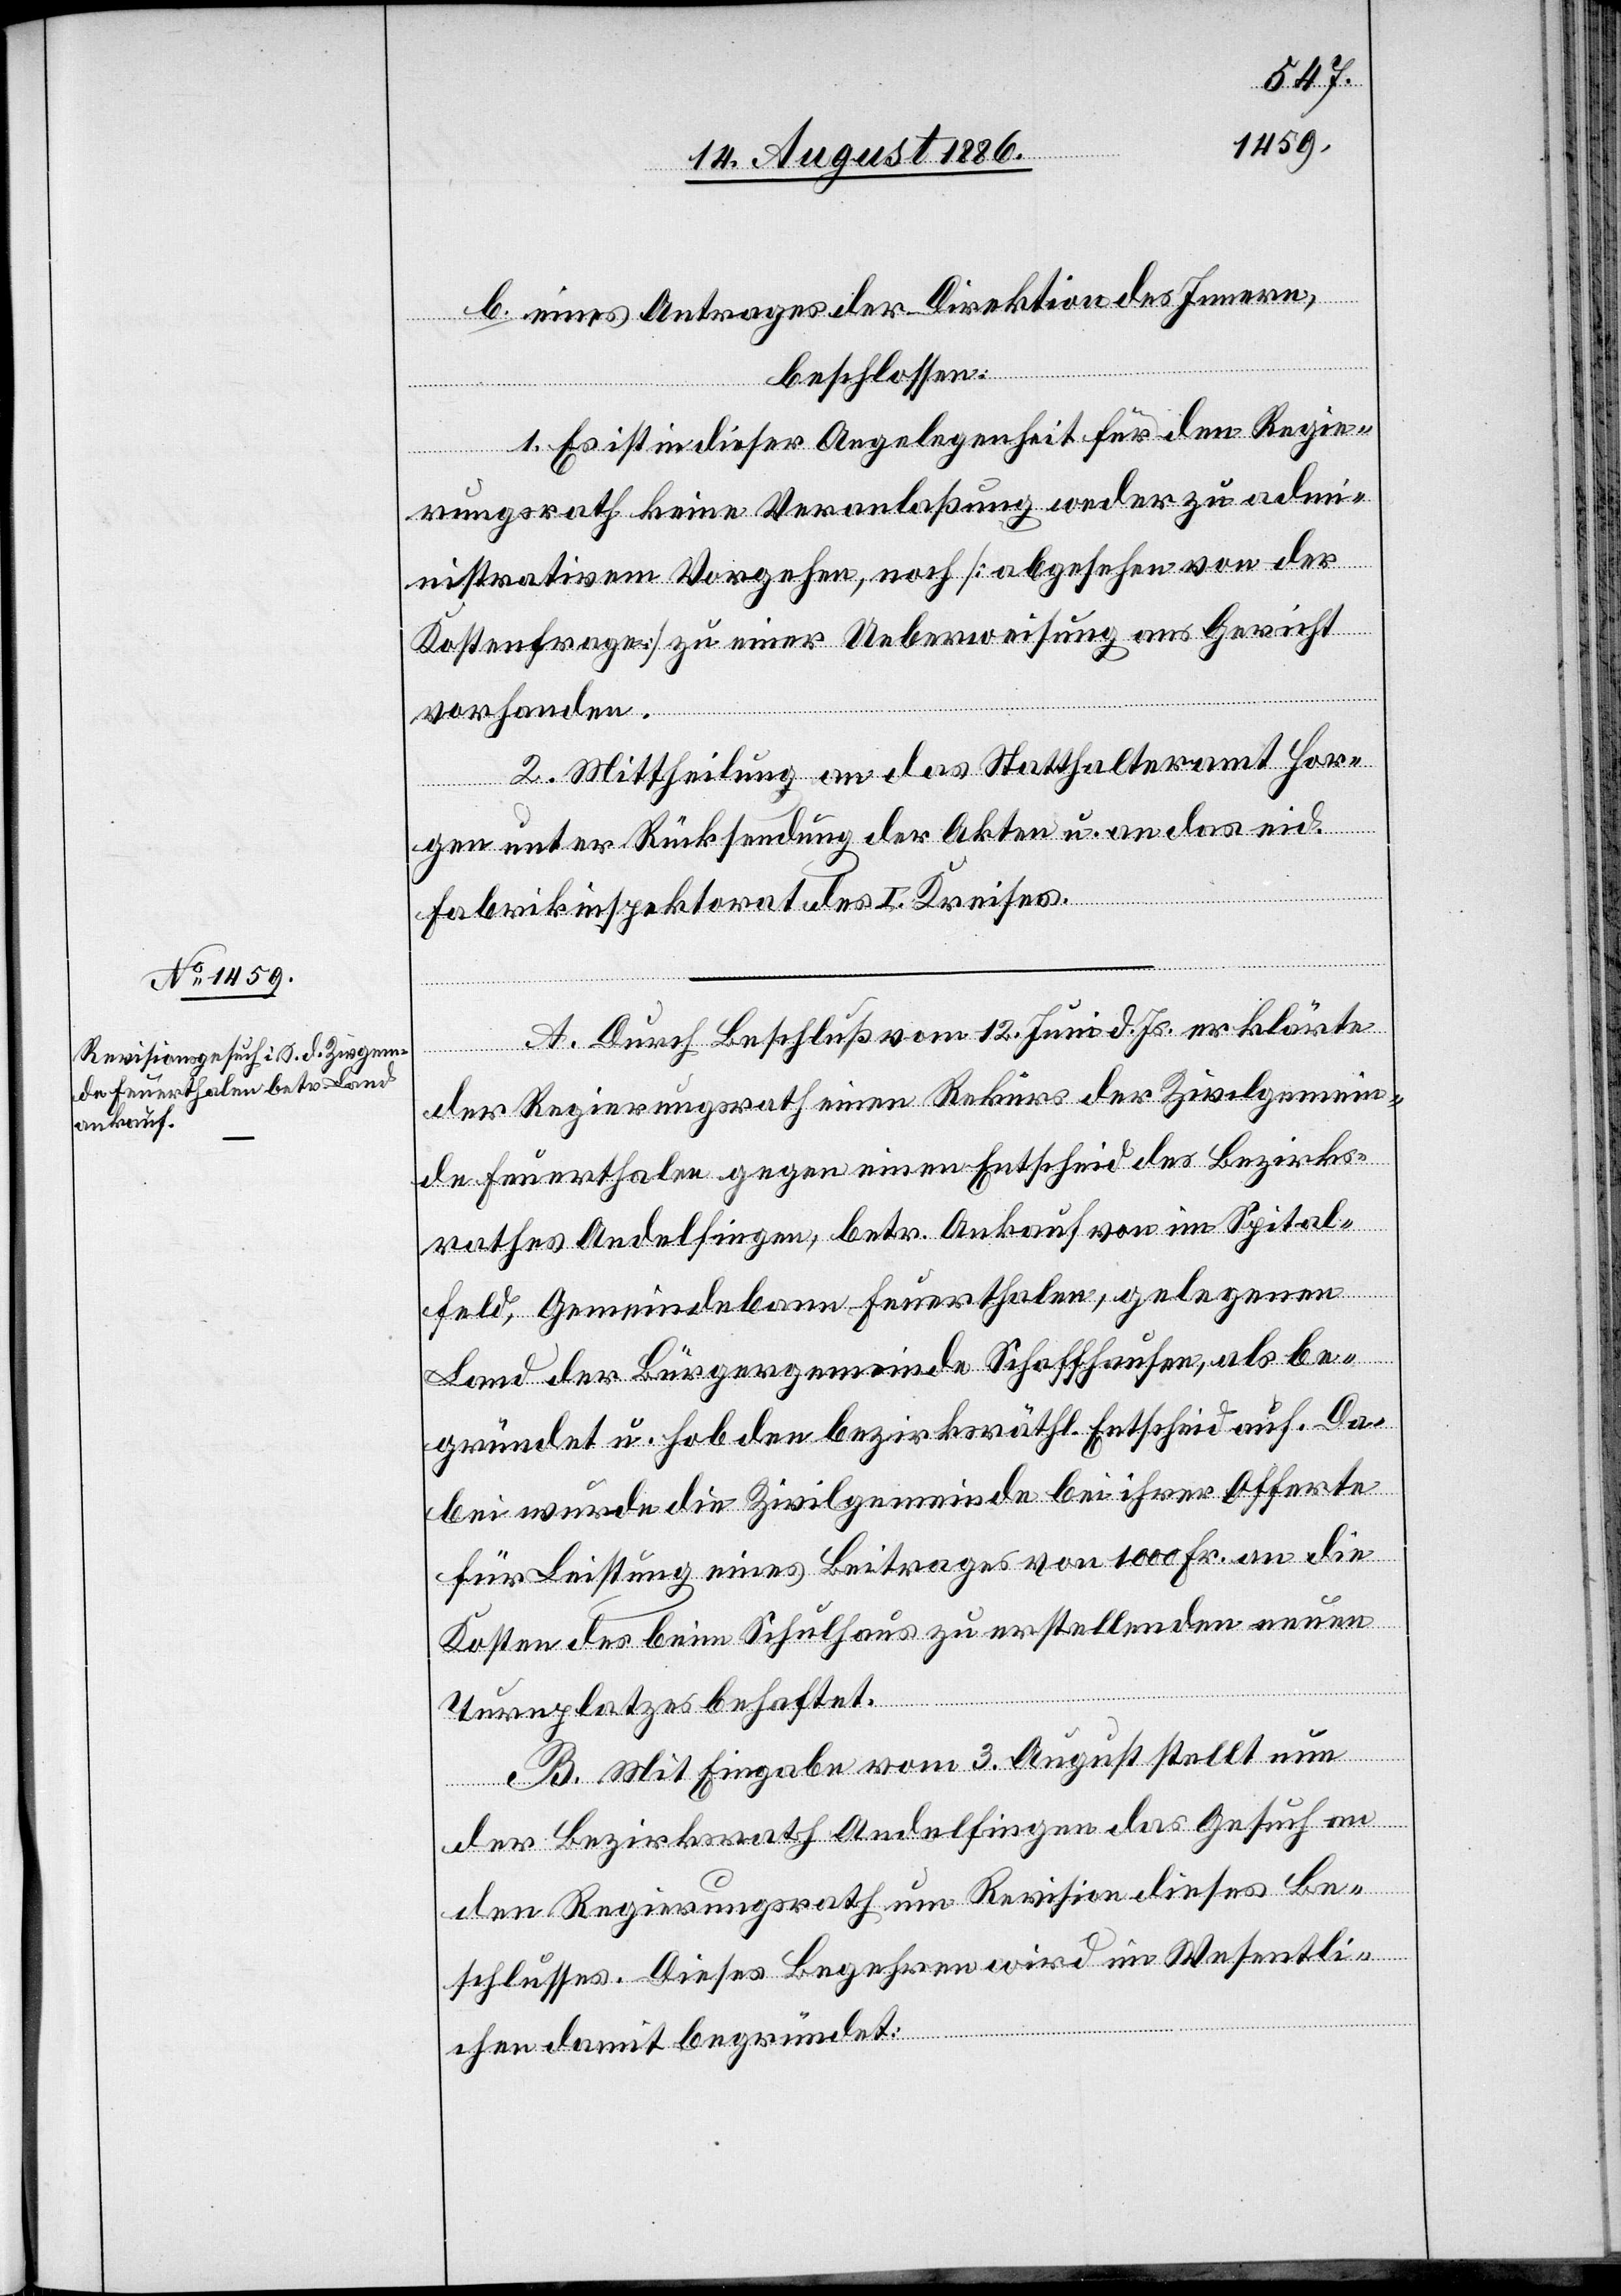
b. eines Antrages der Direktion des Innern,
beschlossen:
1. Es ist in dieser Angelegenheit für den Regie¬
rungsrath keine Veranlaßung weder zu adm¬
inistrativem Vorgehen, noch [abgesehen von der
Kostenfrage] zu einer Ueberweisung ans Gericht
vorhanden.
2. Mittheilung an das Statthalteramt Hor¬
gen unter Rücksendung der Akten u. an das eid.
Fabrikinspektorat des I. Kreises.
A. Durch Beschluß vom 12. Juni d. Js. erklärte
der Regierungsrath einen Rekurs der Zivilgemein¬
de Feuerthalen gegen einen Entscheid des Bezirks¬
rathes Andelfingen, betr. Ankauf von im Spital¬
feld, Gemeindebann Feuerthalen, gelegenen
Land der Bürgergemeinde Schaffhausen, als be¬
gründet u. hob den bezirksräthl. Entscheid auf. Da¬
bei wurde die Zivilgemeinde bei ihrer Offerte
für Leistung eines Beitrages von 1000 Fr. an die
Kosten des beim Schulhaus zu erstellenden neuen
Turnplatzes behaftet.
B. Mit Eingabe vom 3. August stellt nun
der Bezirksrath Andelfingen das Gesuch an
den Regierungsrath um Revision dieses Be¬
schlusses. Dieses Begehren wird im Wesentli¬
chen damit begründet: